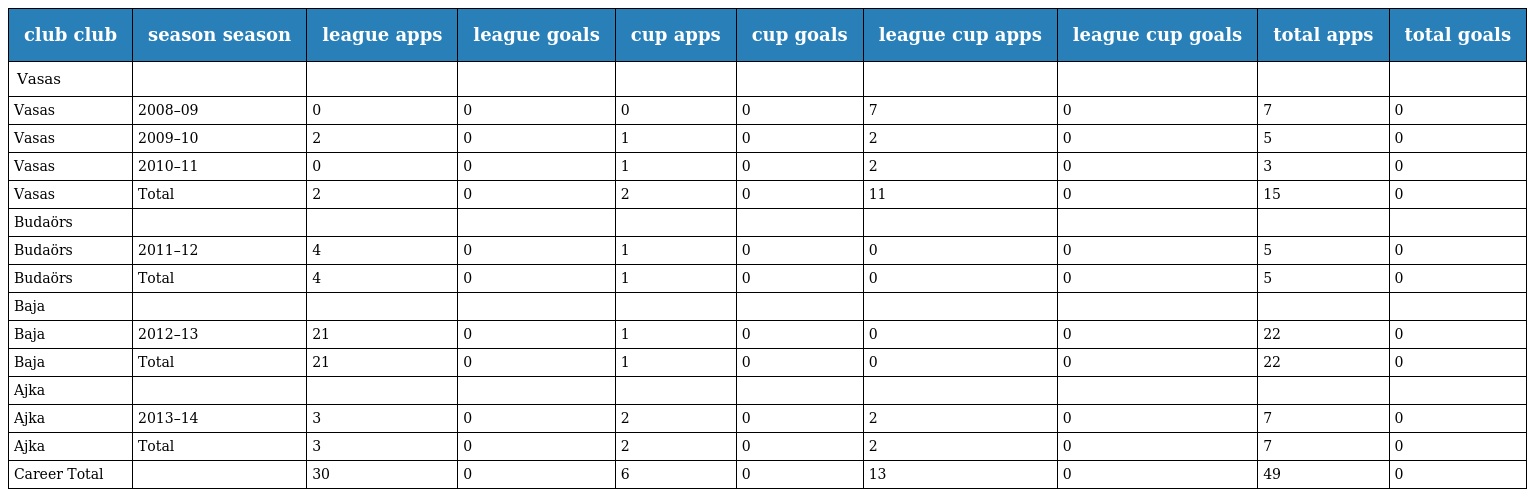
| club club | season season | league apps | league goals | cup apps | cup goals | league cup apps | league cup goals | total apps | total goals |
 | --- | --- | --- | --- | --- | --- | --- | --- | --- | --- |
 | Vasas |  |  |  |  |  |  |  |  |  |
 | Vasas | 2008–09 | 0 | 0 | 0 | 0 | 7 | 0 | 7 | 0 |
 | Vasas | 2009–10 | 2 | 0 | 1 | 0 | 2 | 0 | 5 | 0 |
 | Vasas | 2010–11 | 0 | 0 | 1 | 0 | 2 | 0 | 3 | 0 |
 | Vasas | Total | 2 | 0 | 2 | 0 | 11 | 0 | 15 | 0 |
 | Budaörs |  |  |  |  |  |  |  |  |  |
 | Budaörs | 2011–12 | 4 | 0 | 1 | 0 | 0 | 0 | 5 | 0 |
 | Budaörs | Total | 4 | 0 | 1 | 0 | 0 | 0 | 5 | 0 |
 | Baja |  |  |  |  |  |  |  |  |  |
 | Baja | 2012–13 | 21 | 0 | 1 | 0 | 0 | 0 | 22 | 0 |
 | Baja | Total | 21 | 0 | 1 | 0 | 0 | 0 | 22 | 0 |
 | Ajka |  |  |  |  |  |  |  |  |  |
 | Ajka | 2013–14 | 3 | 0 | 2 | 0 | 2 | 0 | 7 | 0 |
 | Ajka | Total | 3 | 0 | 2 | 0 | 2 | 0 | 7 | 0 |
 | Career Total |  | 30 | 0 | 6 | 0 | 13 | 0 | 49 | 0 |